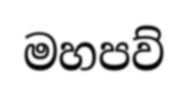
මහපව්